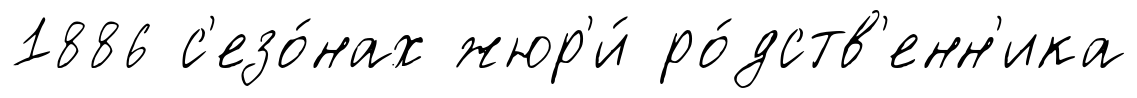
1886 с'езо́нах жюр'и́ ро́дств'енн'ика